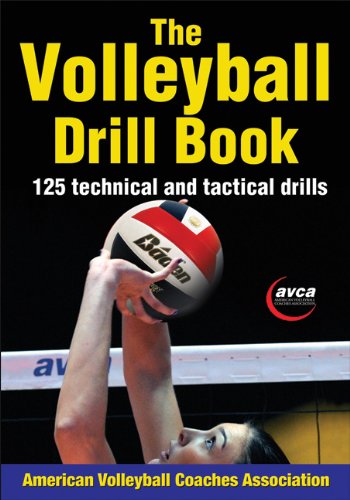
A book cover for Volleyball Drill Book, The; American Volleyball Coaches Association (AVCA); Sports & Outdoors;